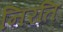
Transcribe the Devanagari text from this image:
निरति